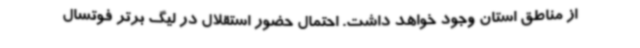
از مناطق استان وجود خواهد داشت. احتمال حضور استقلال در لیگ برتر فوتسال